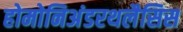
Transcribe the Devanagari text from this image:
होमोनिअंडरथलैसिस